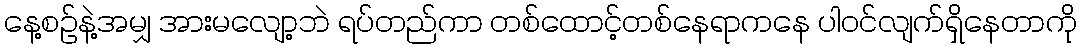
နေ့စဉ်နဲ့အမျှ အားမလျော့ဘဲ ရပ်တည်ကာ တစ်ထောင့်တစ်နေရာကနေ ပါဝင်လျက်ရှိနေတာကို